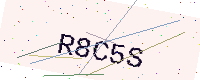
Text: R8C5S